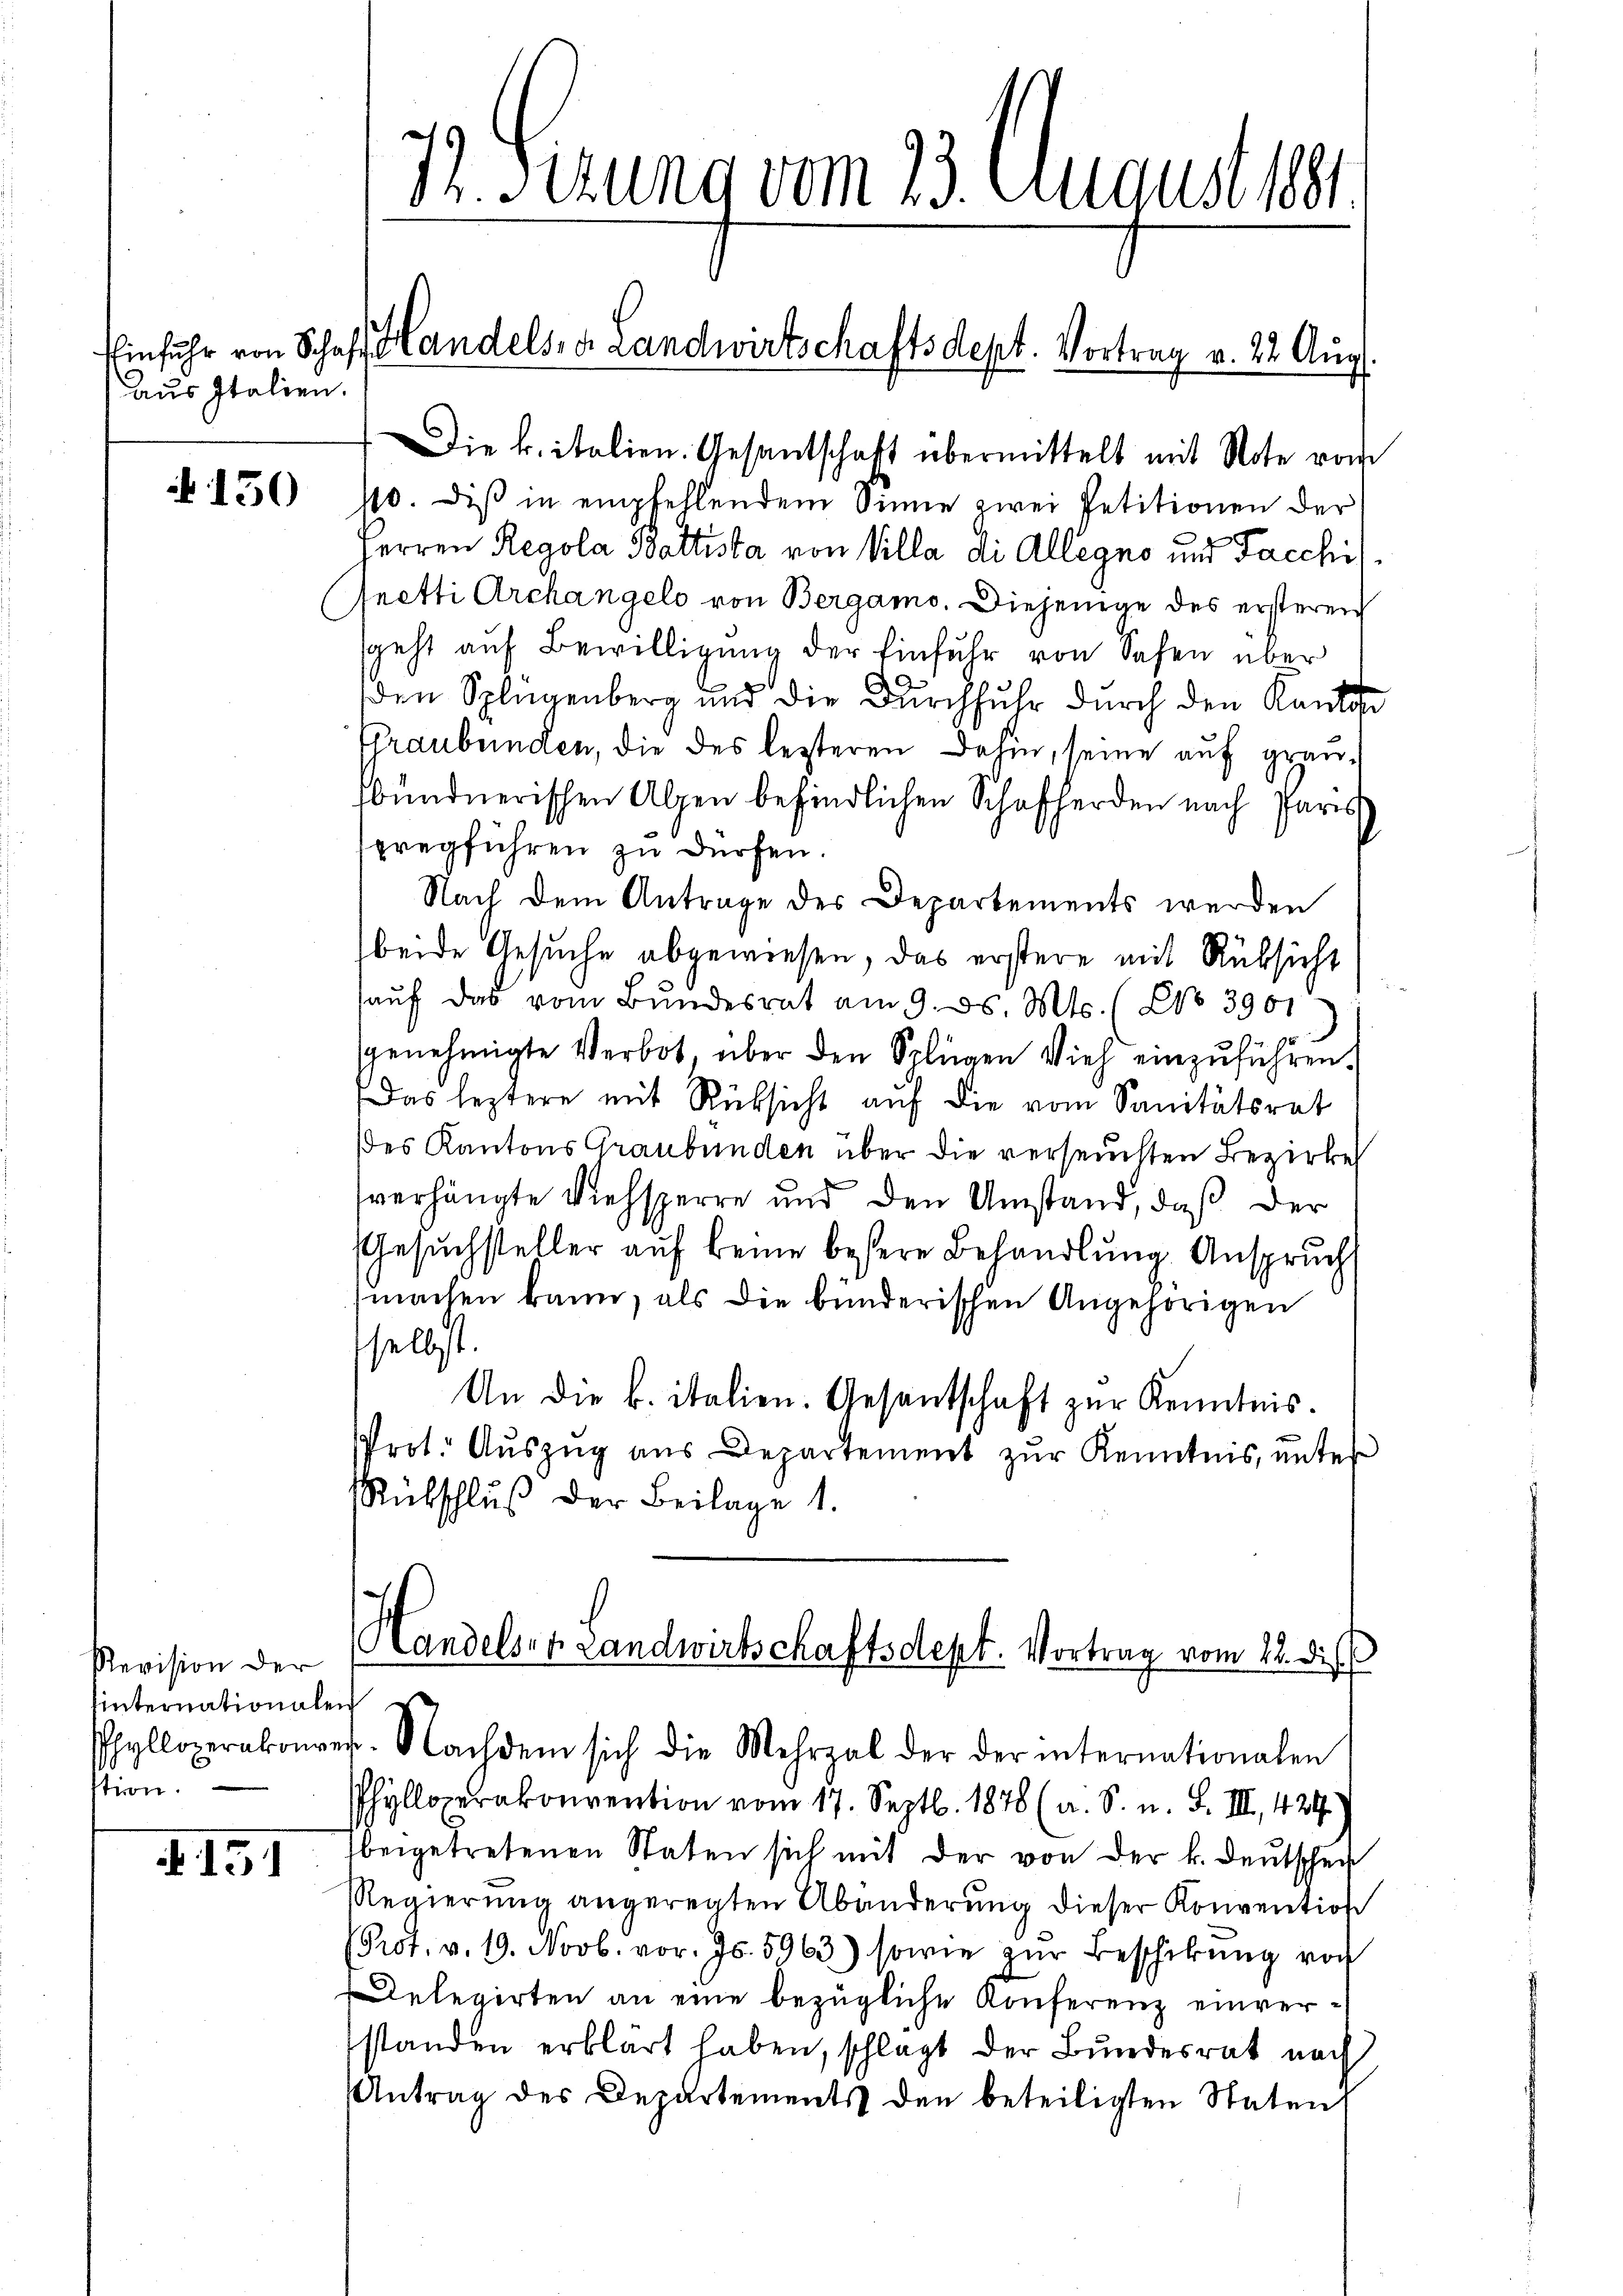
aus Italien.

150

Revision der
hinternationalen
stion.

A 151

73. Sezung vom 23. August 18
Einfuhr von Schaft Handelsre Landwirtschaftsdept. Vortrag v. 22 Aug.

Die k. italien. Gesandschaft übermittelt mit Note vom
10. diβ in empfehlendem Sinne zwei Petitionen der
Herren Regola Battista von Villa di Allegno und Facchi
fnetti Archangelo von Bergamo. Diejenige des ersteren
geht auf Bewilligung der Einfuhr von Sehen über
den Splügenberg und die Durchfuhr durch den Kanton
ffraubünden, die des lezteren dahin, seine auf granbündnerischen Alpen befindlichen Schafherden nach Paris
pregführen zu dürfen.
Nach dem Antrage des Departements werden
beide Gesuche abgewiesen, das erstere mit Rüksicht
hauf das vom Bundesrat am 9. ds. Mts. (CNo 3901
genehmigte Verbot über den Splügen Vieh einzuführen.
Das leztere mit Rücksicht auf die vom Sanitätsrat
Des Kantons Graubünden über die verseuchten Bezirke
verhängte Viehsperre und den Umstand, daß der
Gesuchsteller auf keine bessere Behandlung Anspruch
machen kann, als die bunderischen Angehörigen
sselbst.
An die k. italien. Gesantschaft zur Kenntnis.
Prot. Aŭszŭg aŭs Departement zŭr Kenntnis, ŭnter
Rübschlŭβ der Beilage 1.
Handelser Landwirtschaftsdept. Vortrag vom 12. dies
hylloperakonres. Nachdem sich die Mehrzal der der internationalen
Phyllorakonvention vom 17. Septb. 1878 (a. S. n. F. III 424
beigetretenen Staten sich mit der von der k. Deutschen
Regierŭng angeregten Abänderŭng dieser Konvention
Prot. v. 19. Novb. vor. Js. 5963) sowie zŭr Beschikŭng von
Delegirten an eine bezügliche Konferenz einverstanden erklärt haben, schlagt der Bundesrat nach
Antrag des Departements den beteiligten Staten